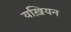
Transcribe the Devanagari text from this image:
यख़ियन